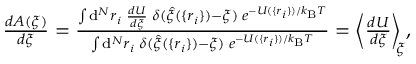
\begin{array} { r } { \frac { d A ( \xi ) } { d \xi } = \frac { \int \mathrm { d } ^ { N } r _ { i } \; \frac { d U } { d \xi } \; \delta ( \hat { \xi } ( \{ r _ { i } \} ) - \xi ) \; e ^ { - U ( \{ r _ { i } \} ) / k _ { \mathrm { B } } T } } { \int \mathrm { d } ^ { N } r _ { i } \; \delta ( \hat { \xi } ( \{ r _ { i } \} ) - \xi ) \; e ^ { - U ( \{ r _ { i } \} ) / k _ { \mathrm { B } } T } } = \bigg \langle \frac { d U } { d \xi } \bigg \rangle _ { \! \! \xi } , } \end{array}